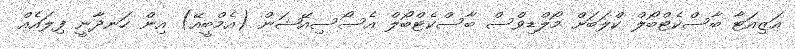
އަޒިއަޓާ ބާސްކެޓްބޯލް ކްލަބަށް މޯލްޑިވްސް ބާސްކެޓްބޯލް އެސޯސިއޭޝަން (އެމްބީއޭ) އިން ހަނދާނީ ފިލައެއް